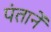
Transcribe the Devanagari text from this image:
पंतानें